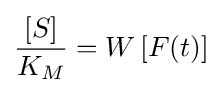
{\frac {[S]}{K_{M}}}=W\left[F(t)\right]